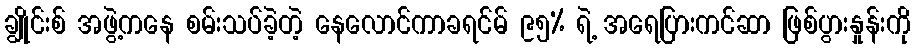
ချွိုင်းစ် အဖွဲ့ကနေ စမ်းသပ်ခဲ့တဲ့ နေလောင်ကာခရင်မ် ၉၅% ရဲ့ အရေပြားကင်ဆာ ဖြစ်ပွားနှုန်းကို